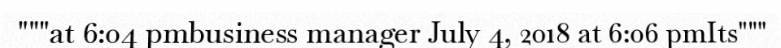
"""at 6:04 pmbusiness manager July 4, 2018 at 6:06 pmIts"""